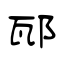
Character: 邷